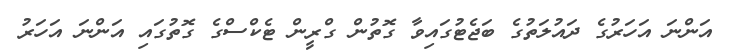
އަންނަ އަހަރުގެ ދައުލަތުގެ ބަޖެޓުގައިވާ ގޮތުން ގްރީން ޓެކްސްގެ ގޮތުގައި އަންނަ އަހަރު